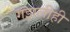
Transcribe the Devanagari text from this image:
गझलीही